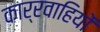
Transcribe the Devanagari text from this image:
कार्रवाहियों